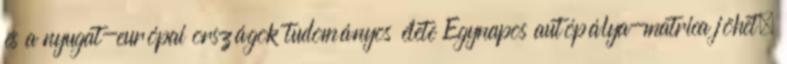
és a nyugat-európai országok tudományos élete Egynapos autópálya-matrica jöhet,